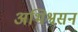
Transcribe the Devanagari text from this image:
अभिश्वसन